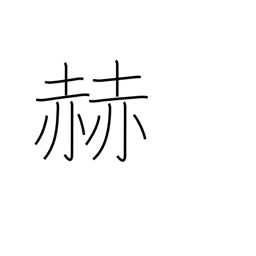
Meaning: brighten